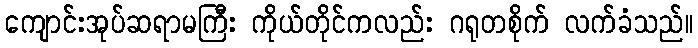
ကျောင်းအုပ်ဆရာမကြီး ကိုယ်တိုင်ကလည်း ဂရုတစိုက် လက်ခံသည်။